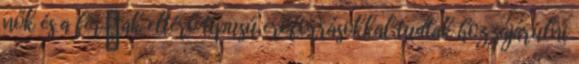
nők és a férﬁak eltérő típusú erőforrásokkal tudtak hozzájárulni